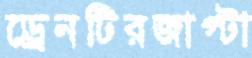
ড্রেনটিরজাপ্‌টা